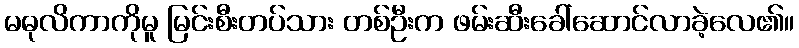
မဓုလိကာကိုမူ မြင်းစီးတပ်သား တစ်ဦးက ဖမ်းဆီးခေါ်ဆောင်လာခဲ့လေ၏။